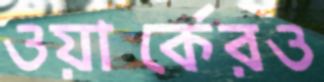
ওয়ার্কেরও